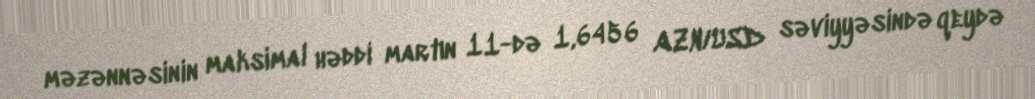
məzənnəsinin maksimal həddi martın 11-də 1,6456 AZN/USD səviyyəsində qeydə